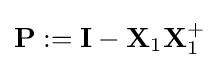
\mathbf {P} :=\mathbf {I} -\mathbf {X} _{1}\mathbf {X} _{1}^{+}